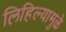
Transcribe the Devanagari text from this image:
लिहिल्यामुळे